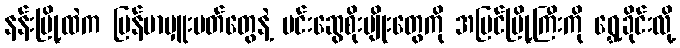
နန်းမြို့ထဲက မြန်မာမှူးမတ်တွေနဲ့ မင်းဆွေစိုးမျိုးတွေကို အပြင်မြို့ကြီးကို ရွှေ့ခိုင်းလို့